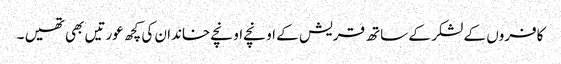
کافروں کے لشکر کے ساتھ قریش کے اونچے اونچے خاندان کی کچھ عورتیں بھی تھیں ۔